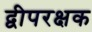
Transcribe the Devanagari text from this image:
द्वीपरक्षक